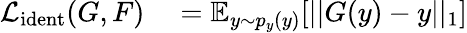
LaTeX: \begin{array}{rl}{\mathcal{L}_{\mathrm{ident}}(G,F)}&{{}=\mathbb{E}_{y\sim p_{y}(y)}[||G(y)-y||_{1}]}\end{array}